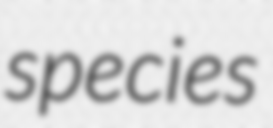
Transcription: species